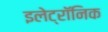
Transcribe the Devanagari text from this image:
इलेट्रॉनिक